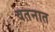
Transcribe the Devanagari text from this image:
वतनात